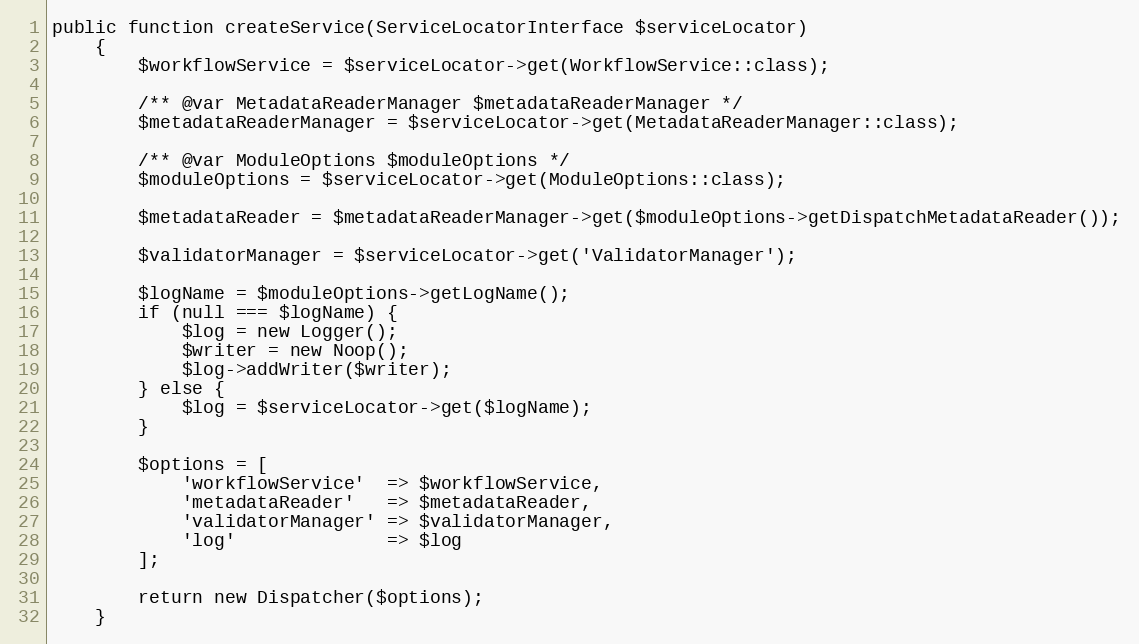
Language: PHP
public function createService(ServiceLocatorInterface $serviceLocator)
    {
        $workflowService = $serviceLocator->get(WorkflowService::class);

        /** @var MetadataReaderManager $metadataReaderManager */
        $metadataReaderManager = $serviceLocator->get(MetadataReaderManager::class);

        /** @var ModuleOptions $moduleOptions */
        $moduleOptions = $serviceLocator->get(ModuleOptions::class);

        $metadataReader = $metadataReaderManager->get($moduleOptions->getDispatchMetadataReader());

        $validatorManager = $serviceLocator->get('ValidatorManager');

        $logName = $moduleOptions->getLogName();
        if (null === $logName) {
            $log = new Logger();
            $writer = new Noop();
            $log->addWriter($writer);
        } else {
            $log = $serviceLocator->get($logName);
        }

        $options = [
            'workflowService'  => $workflowService,
            'metadataReader'   => $metadataReader,
            'validatorManager' => $validatorManager,
            'log'              => $log
        ];

        return new Dispatcher($options);
    }